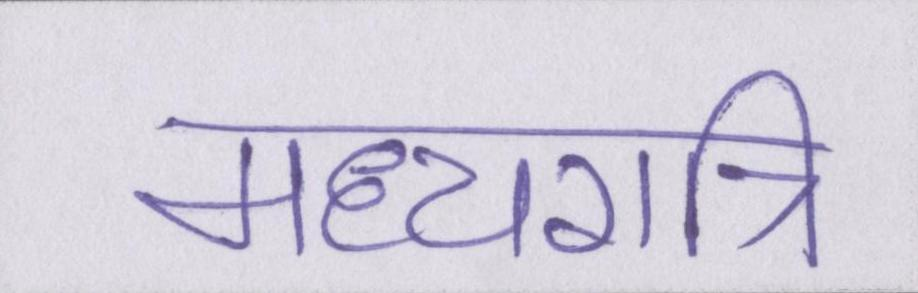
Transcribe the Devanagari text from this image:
मध्यरात्रि